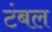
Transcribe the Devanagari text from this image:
टंबल